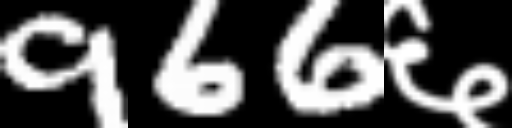
Text: 966६